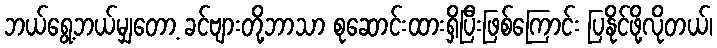
ဘယ်ရွေ့ဘယ်မျှတော့ ခင်ဗျားတို့ဘာသာ စုဆောင်းထားရှိပြီးဖြစ်ကြောင်း ပြနိုင်ဖို့လိုတယ်၊